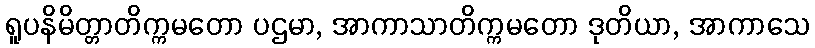
ရူပနိမိတ္တာတိက္ကမတော ပဌမာ, အာကာသာတိက္ကမတော ဒုတိယာ, အာကာသေ